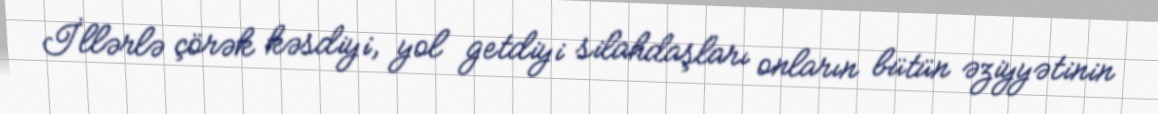
İllərlə çörək kəsdiyi, yol getdiyi silahdaşları onların bütün əziyyətinin